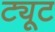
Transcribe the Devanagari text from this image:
ट्यूट